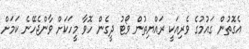
އެގޮތުން ގައުމުގެ ވެރިއަކީ ރައްޔިތުން ވޯޓު ދީގެން ހޮވާ މީހަކަށް ވާންޖެހޭނެ ކަމަށް